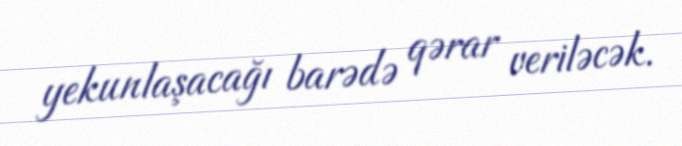
yekunlaşacağı barədə qərar veriləcək.